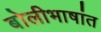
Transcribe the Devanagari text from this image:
बोलीभाषांत